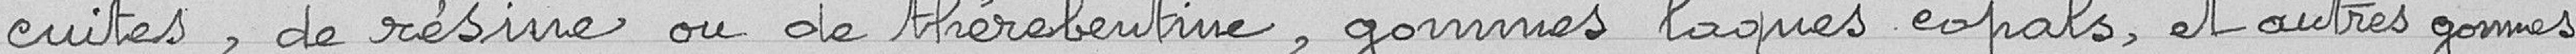
cuites, de résine ou de thérébentine, gommes, laques eopals, et autres gommes